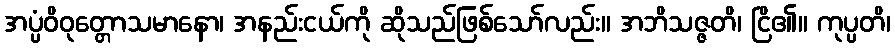
အပ္ပံဝိဝုတ္တောသမာနော၊ အနည်းငယ်ကို ဆိုသည်ဖြစ်သော်လည်း။ အဘိသဇ္ဇတိ၊ ငြိ၏။ ကုပ္ပတိ၊